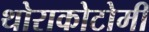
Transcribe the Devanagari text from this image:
थोराकोटोमी